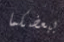
ببعضكما